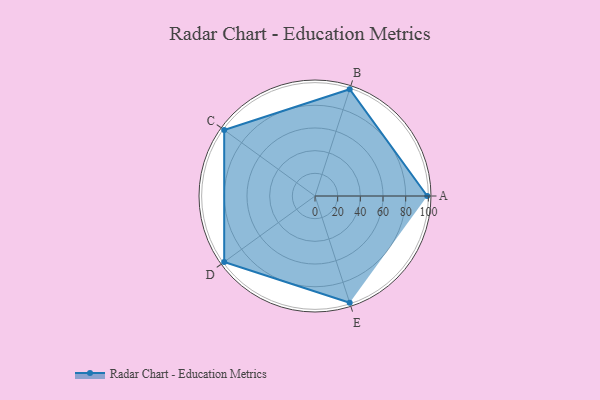
{"axis": {"x": "Skill", "y": "Score"}, "legend": ["Profile"], "data": [{"x": "A", "y": 99, "type": "Profile"}, {"x": "B", "y": 99, "type": "Profile"}, {"x": "C", "y": 99, "type": "Profile"}, {"x": "D", "y": 99, "type": "Profile"}, {"x": "E", "y": 99, "type": "Profile"}]}